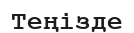
Теңізде